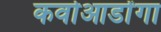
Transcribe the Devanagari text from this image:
कवोआडोंगा